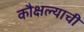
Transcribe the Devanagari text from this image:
कौक्षल्याची